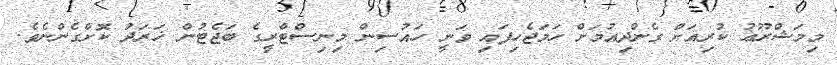
މިމަޝްރޫޢު ކުރިއަށް ގެންދިއުމަށް ހަމަޖެހިފައި ވަނީ ހައުސިން މިނިސްޓްރީގެ ބަޖެޓުން ޚަރަދު ކޮށްގެންނެވެ.